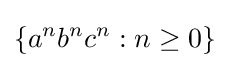
\{a^{n}b^{n}c^{n}:n\geq 0\}